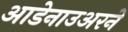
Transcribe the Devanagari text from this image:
आडेनाउअरने